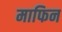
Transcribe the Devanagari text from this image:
माफिन